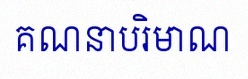
គណនាបរិមាណ